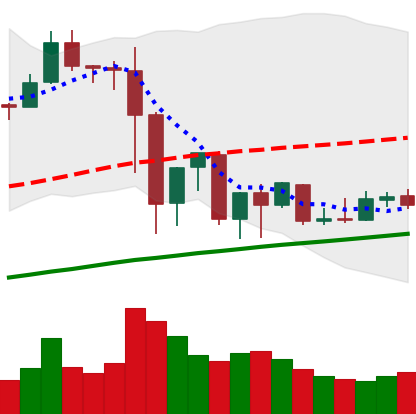
Ticker: EOS-USD
Chart end date: 2019-07-09
Forward return: -30.19%
Label: down_7plus